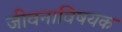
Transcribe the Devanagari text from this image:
जीवनाविषयक